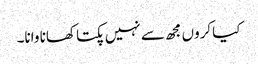
کیا کروں مجھ سے نہیں پکتا کھانا وانا۔